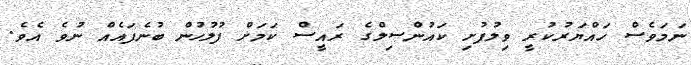
ނަމަވެސް ހައްޔަރުކުރީ ވިލުފުށި ކައުންސިލްގެ ރައީސް ކަމަށް ފުލުހުން ބުނެފައެއް ނުވެ އެވެެ.